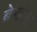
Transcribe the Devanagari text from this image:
बेन्झेमा